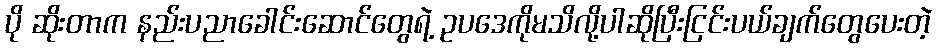
ပို ဆိုးတာက နည်းပညာခေါင်းဆောင်တွေရဲ့ ဥပဒေကိုမသိလို့ပါဆိုပြီးငြင်းပယ်ချက်တွေပေးတဲ့